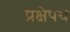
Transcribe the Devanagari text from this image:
प्रक्षेपथ